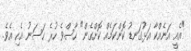
"އެއީ އަނެއްކާ އަޅުގަނޑު ކޮންކަމެއް ކޮށްގެން" ހާސްވެ ހުރެ ހަސަނު އެހި އެވެ.